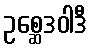
ဥစ္ဆေဒဝါဒီ